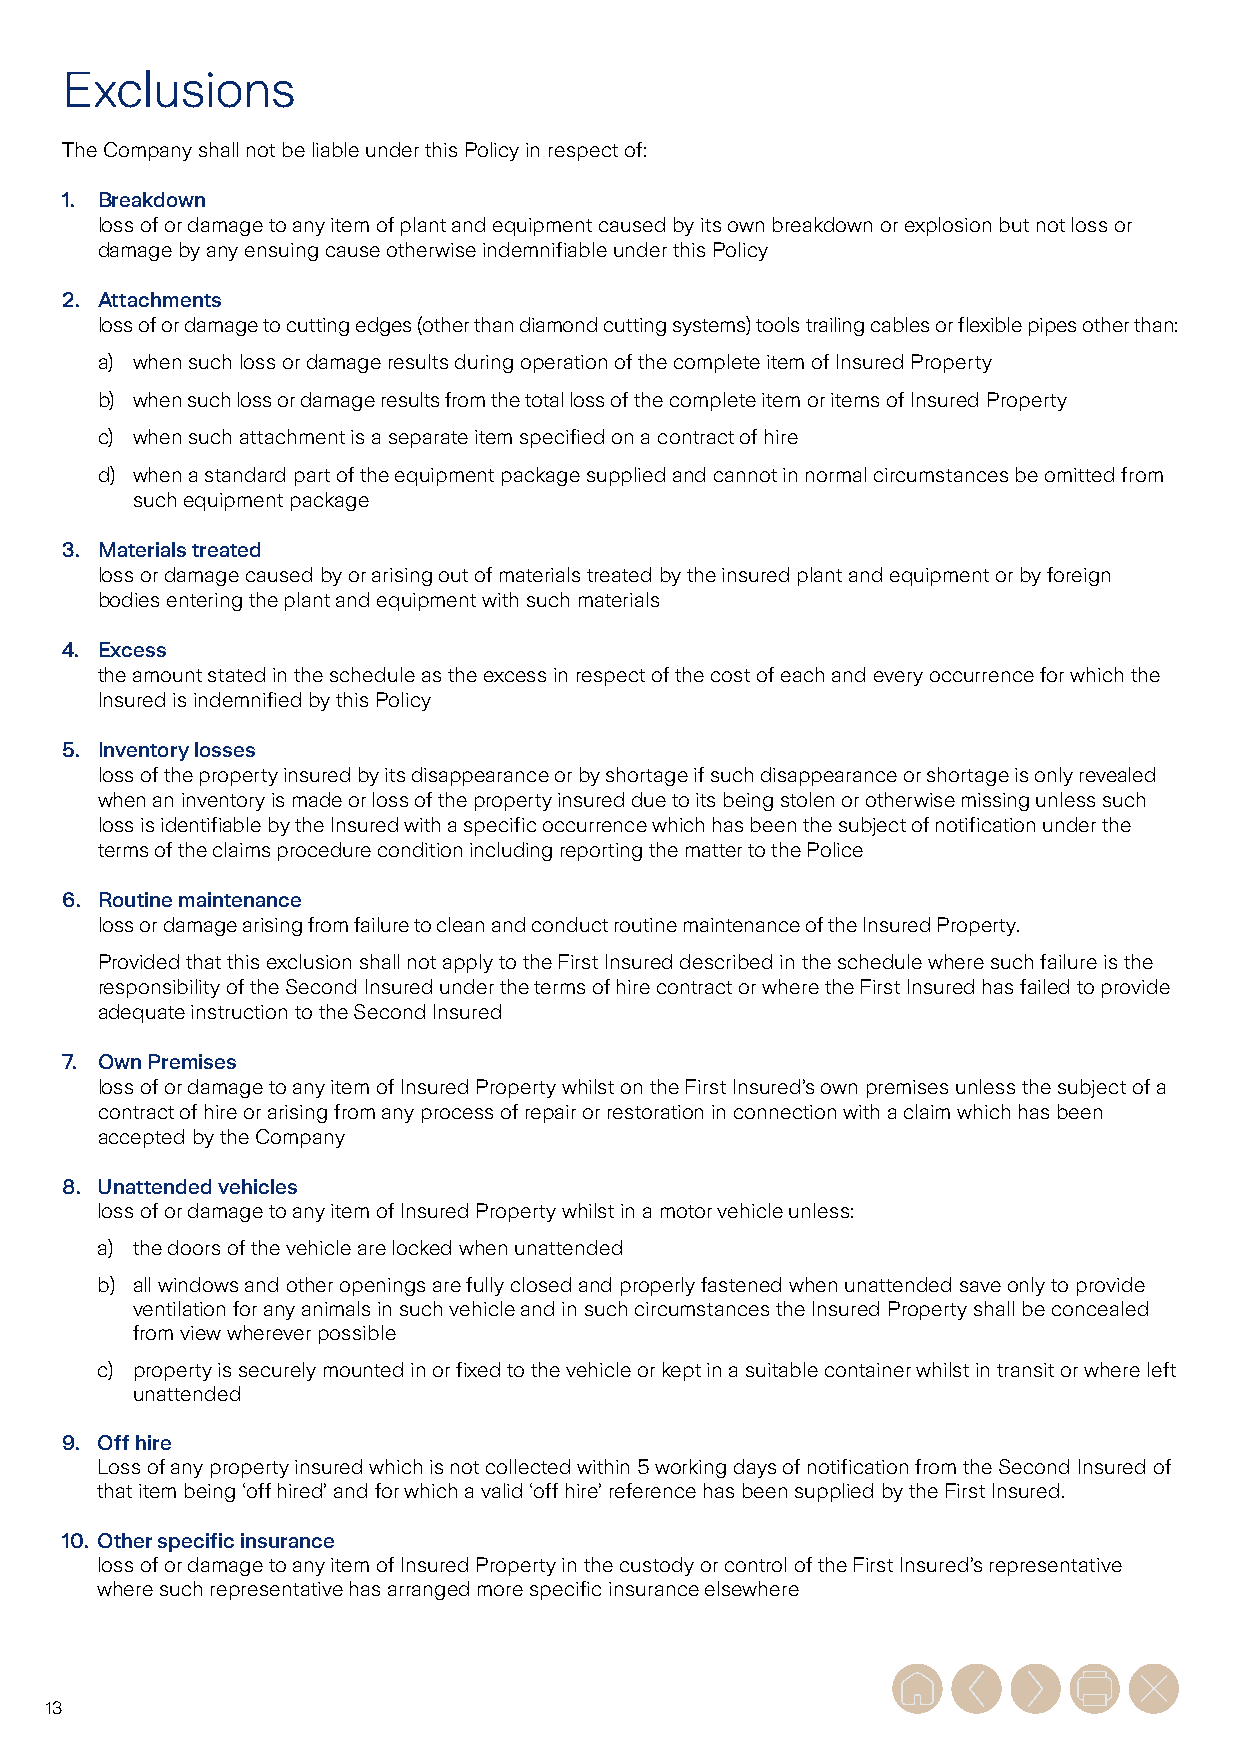
Exclusions
 The Company shall not be liable under this Policy in respect of:
 1. Breakdown
 loss of or damage to any item of plant and equipment caused by its own breakdown or explosion but not loss or
 damage by any ensuing cause otherwise indemnifiable under this Policy
 2. Attachments
 loss of or damage to cutting edges (other than diamond cutting systems) tools trailing cables or flexible pipes other than:
 a) when such loss or damage results during operation of the complete item of Insured Property
 b) when such loss or damage results from the total loss of the complete item or items of Insured Property
 c) when such attachment is a separate item specified on a contract of hire
 d) when a standard part of the equipment package supplied and cannot in normal circumstances be omitted from
 such equipment package
 3. Materials treated
 loss or damage caused by or arising out of materials treated by the insured plant and equipment or by foreign
 bodies entering the plant and equipment with such materials
 4. Excess
 the amount stated in the schedule as the excess in respect of the cost of each and every occurrence for which the
 Insured is indemnified by this Policy
 5. Inventory losses
 loss of the property insured by its disappearance or by shortage if such disappearance or shortage is only revealed
 when an inventory is made or loss of the property insured due to its being stolen or otherwise missing unless such
 loss is identifiable by the Insured with a specific occurrence which has been the subject of notification under the
 terms of the claims procedure condition including reporting the matter to the Police
 6. Routine maintenance
 loss or damage arising from failure to clean and conduct routine maintenance of the Insured Property.
 Provided that this exclusion shall not apply to the First Insured described in the schedule where such failure is the
 responsibility of the Second Insured under the terms of hire contract or where the First Insured has failed to provide
 adequate instruction to the Second Insured
 7. Own Premises
 loss of or damage to any item of Insured Property whilst on the First Insured’s own premises unless the subject of a
 contract of hire or arising from any process of repair or restoration in connection with a claim which has been
 accepted by the Company
 8. Unattended vehicles
 loss of or damage to any item of Insured Property whilst in a motor vehicle unless:
 a) the doors of the vehicle are locked when unattended
 b) all windows and other openings are fully closed and properly fastened when unattended save only to provide
 ventilation for any animals in such vehicle and in such circumstances the Insured Property shall be concealed
 from view wherever possible
 c) property is securely mounted in or fixed to the vehicle or kept in a suitable container whilst in transit or where left
 unattended
 9. Off hire
 Loss of any property insured which is not collected within 5 working days of notification from the Second Insured of
 that item being ‘off hired’ and for which a valid ‘off hire’ reference has been supplied by the First Insured.
 10. Other specific insurance
 loss of or damage to any item of Insured Property in the custody or control of the First Insured’s representative
 where such representative has arranged more specific insurance elsewhere
 13